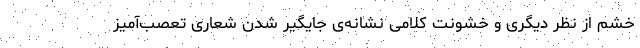
خشم از نظر دیگری و خشونت کلامی نشانه‌ی جایگیر شدن شعاری تعصب‌آمیز